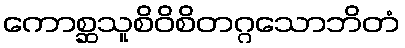
ကောစ္ဆသူစိဝိစိတဂ္ဂသောဘိတံ